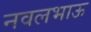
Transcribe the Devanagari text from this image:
नवलभाऊ